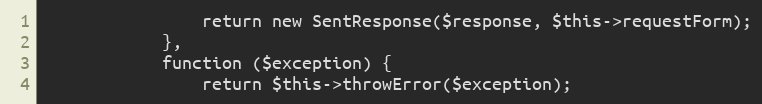
Language: PHP
                return new SentResponse($response, $this->requestForm);
            },
            function ($exception) {
                return $this->throwError($exception);